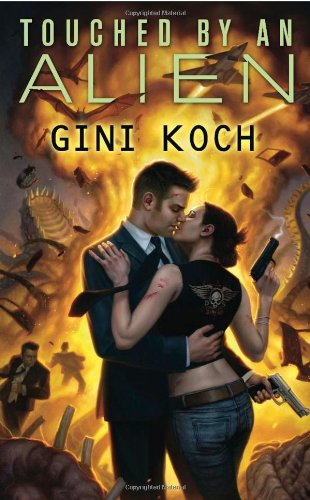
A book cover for Touched by an Alien: Alien Novels, Book One; Gini Koch; Romance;